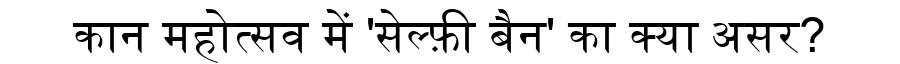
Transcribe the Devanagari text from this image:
कान महोत्सव में 'सेल्फ़ी बैन' का क्या असर?